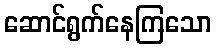
ဆောင်ရွက်နေကြသော